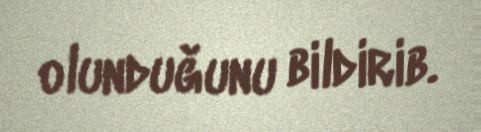
olunduğunu bildirib.